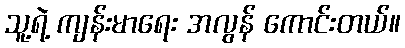
သူ့ရဲ့ ကျန်းမာရေး အလွန် ကောင်းတယ်။